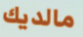
مالديك